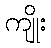
ကျိုး